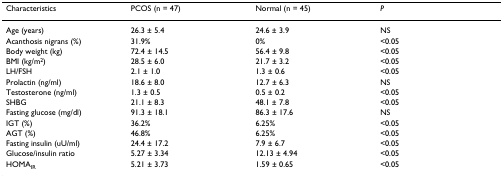
<table><thead><tr><td><b>Characteristics</b></td><td><b>PCOS (n = 47)</b></td><td><b>Normal (n = 45)</b></td><td><b><i>P</i></b></td></tr></thead><tbody><tr><td>Age (years)</td><td>26.3 ± 5.4</td><td>24.6 ± 3.9</td><td>NS</td></tr><tr><td>Acanthosis nigrans (%)</td><td>31.9%</td><td>0%</td><td>&lt;0.05</td></tr><tr><td>Body weight (kg)</td><td>72.4 ± 14.5</td><td>56.4 ± 9.8</td><td>&lt;0.05</td></tr><tr><td>BMI (kg/m<sup>2</sup>)</td><td>28.5 ± 6.0</td><td>21.7 ± 3.2</td><td>&lt;0.05</td></tr><tr><td>LH/FSH</td><td>2.1 ± 1.0</td><td>1.3 ± 0.6</td><td>&lt;0.05</td></tr><tr><td>Prolactin (ng/ml)</td><td>18.6 ± 8.0</td><td>12.7 ± 6.3</td><td>NS</td></tr><tr><td>Testosterone (ng/ml)</td><td>1.3 ± 0.5</td><td>0.5 ± 0.2</td><td>&lt;0.05</td></tr><tr><td>SHBG</td><td>21.1 ± 8.3</td><td>48.1 ± 7.8</td><td>&lt;0.05</td></tr><tr><td>Fasting glucose (mg/dl)</td><td>91.3 ± 18.1</td><td>86.3 ± 17.6</td><td>NS</td></tr><tr><td>IGT (%)</td><td>36.2%</td><td>6.25%</td><td>&lt;0.05</td></tr><tr><td>AGT (%)</td><td>46.8%</td><td>6.25%</td><td>&lt;0.05</td></tr><tr><td>Fasting insulin (uU/ml)</td><td>24.4 ± 17.2</td><td>7.9 ± 6.7</td><td>&lt;0.05</td></tr><tr><td>Glucose/insulin ratio</td><td>5.27 ± 3.34</td><td>12.13 ± 4.94</td><td>&lt;0.05</td></tr><tr><td>HOMA<sub>IR</sub></td><td>5.21 ± 3.73</td><td>1.59 ± 0.65</td><td>&lt;0.05</td></tr></tbody></table>